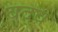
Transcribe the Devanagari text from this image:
बद्व